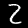
Digit: 2